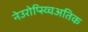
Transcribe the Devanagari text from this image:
नेउरोप्स्य्चिअतिक